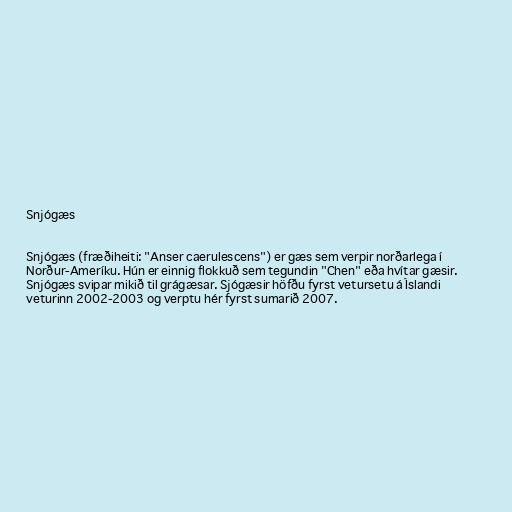
Snjógæs

Snjógæs (fræðiheiti: "Anser caerulescens") er gæs sem verpir norðarlega í
Norður-Ameríku. Hún er einnig flokkuð sem tegundin "Chen" eða hvítar gæsir.
Snjógæs svipar mikið til grágæsar. Sjógæsir höfðu fyrst vetursetu á Íslandi
veturinn 2002-2003 og verptu hér fyrst sumarið 2007.